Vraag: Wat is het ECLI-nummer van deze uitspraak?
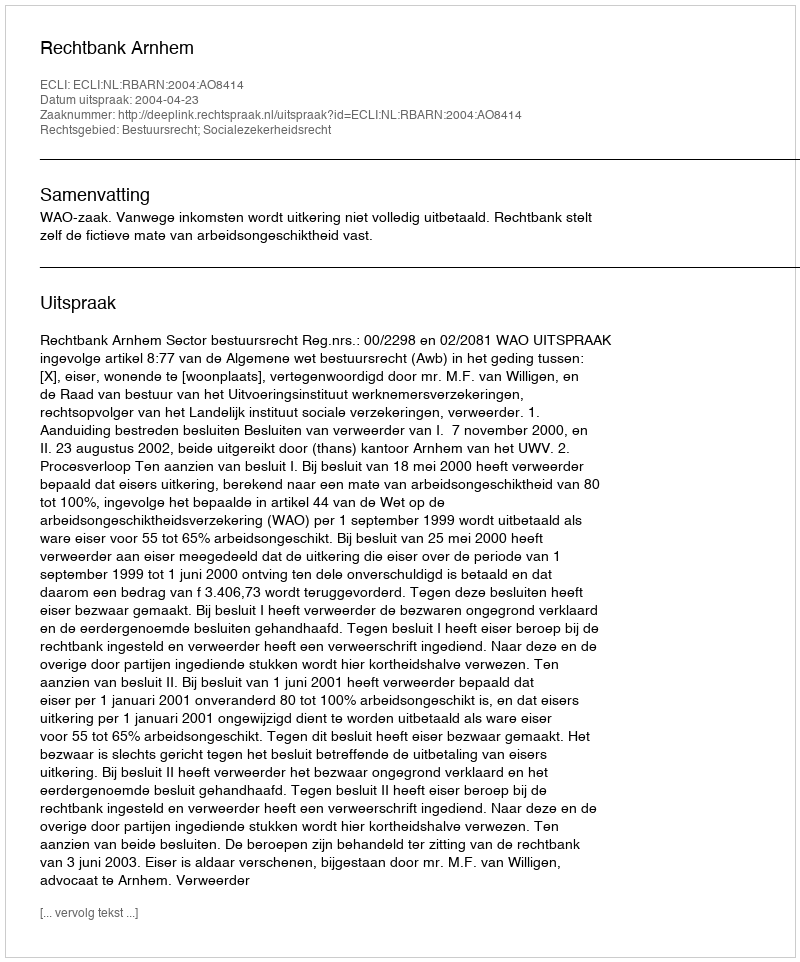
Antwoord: ECLI:NL:RBARN:2004:AO8414